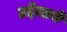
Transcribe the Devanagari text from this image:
उद्देशाचे